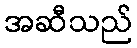
အဆီသည်